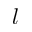
l